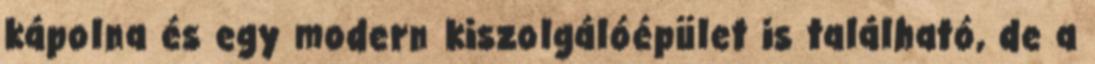
kápolna és egy modern kiszolgálóépület is található, de a